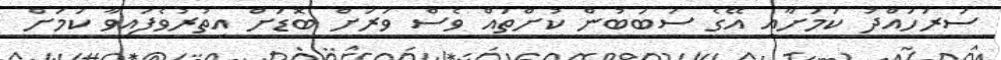
ސަރަހައްދު ކަމަށާއި އޭގެ ސަބަބުން ކުށްތައް ވެސް ވަރަށް ބޮޑަށް އިތުރުވެފައިވާ ކަމަށް